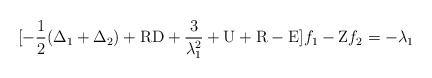
\begin{align*}[-\frac{1}{2} (\Delta_1 + \Delta_2) + {\rm RD} + \frac{3}{\lambda_1^2} + {\rm U} + {\rm R} - {\rm E}] f_1 - {\rm Z} f_2 = -\lambda_1 \end{align*}